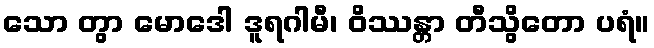
သော တွာ မောဒေါ ဒူရဂါမီ၊ ဝိဿန္တာ တီသွိတော ပရံ။